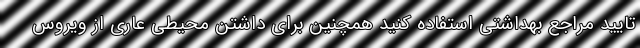
تایید مراجع بهداشتی استفاده کنید همچنین برای داشتن محیطی عاری از ویروس